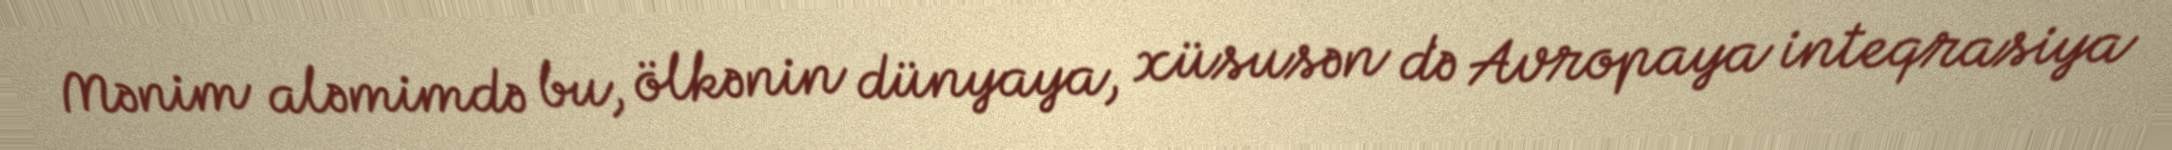
Mənim aləmimdə bu, ölkənin dünyaya, xüsusən də Avropaya inteqrasiya